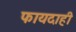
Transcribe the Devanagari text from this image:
फायदाही